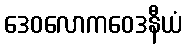
ဒေဝလောကဝေဒနီယံ